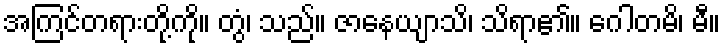
အကြင်တရားတို့ကို။ တွံ၊ သည်။ ဇာနေယျာသိ၊ သိရာ၏။ ဂေါတမိ၊ မီ။